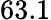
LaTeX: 63.1